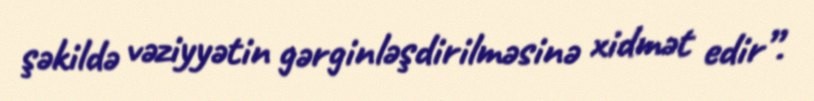
şəkildə vəziyyətin gərginləşdirilməsinə xidmət edir”.